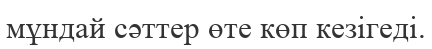
мұндай сәттер өте көп кезігеді.